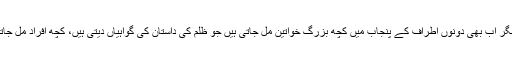
یہ ظلم تاریخ میں گم ہو چکا ہے مگر اب بھی دونوں اطراف کے پنجاب میں کچھ بزرگ خواتین مل جاتی ہیں جو ظلم کی داستان کی گواہیاں دیتی ہیں، کچھ افراد مل جاتے ہیں جن کی بپتا پہ رونا آتا ہے۔